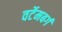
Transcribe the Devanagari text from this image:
वर्टेमबर्ग